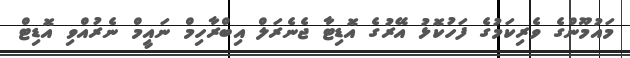
މައުމޫންގެ ވެރިކަމުގެ ފަހުކޮޅު އޭރުގެ އޮޑިޓާ ޖެނެރަލް އިބްރާހިމް ނައީމް ނެރުއްވި އޮޑިޓް